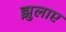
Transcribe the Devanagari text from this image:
झुलाए